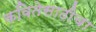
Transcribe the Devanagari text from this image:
कवितेसाठीचा